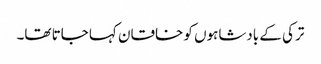
ترکی کے بادشاہوں کو خاقان کہا جاتا تھا۔